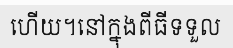
ហើយ។នៅក្នុងពីធីទទួល